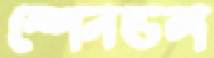
স্পেনডল